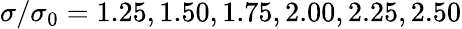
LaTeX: \sigma/\sigma_{0}=1.25,1.50,1.75,2.00,2.25,2.50